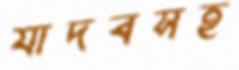
যাদবসহ